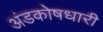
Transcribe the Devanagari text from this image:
अंडकोषधारी